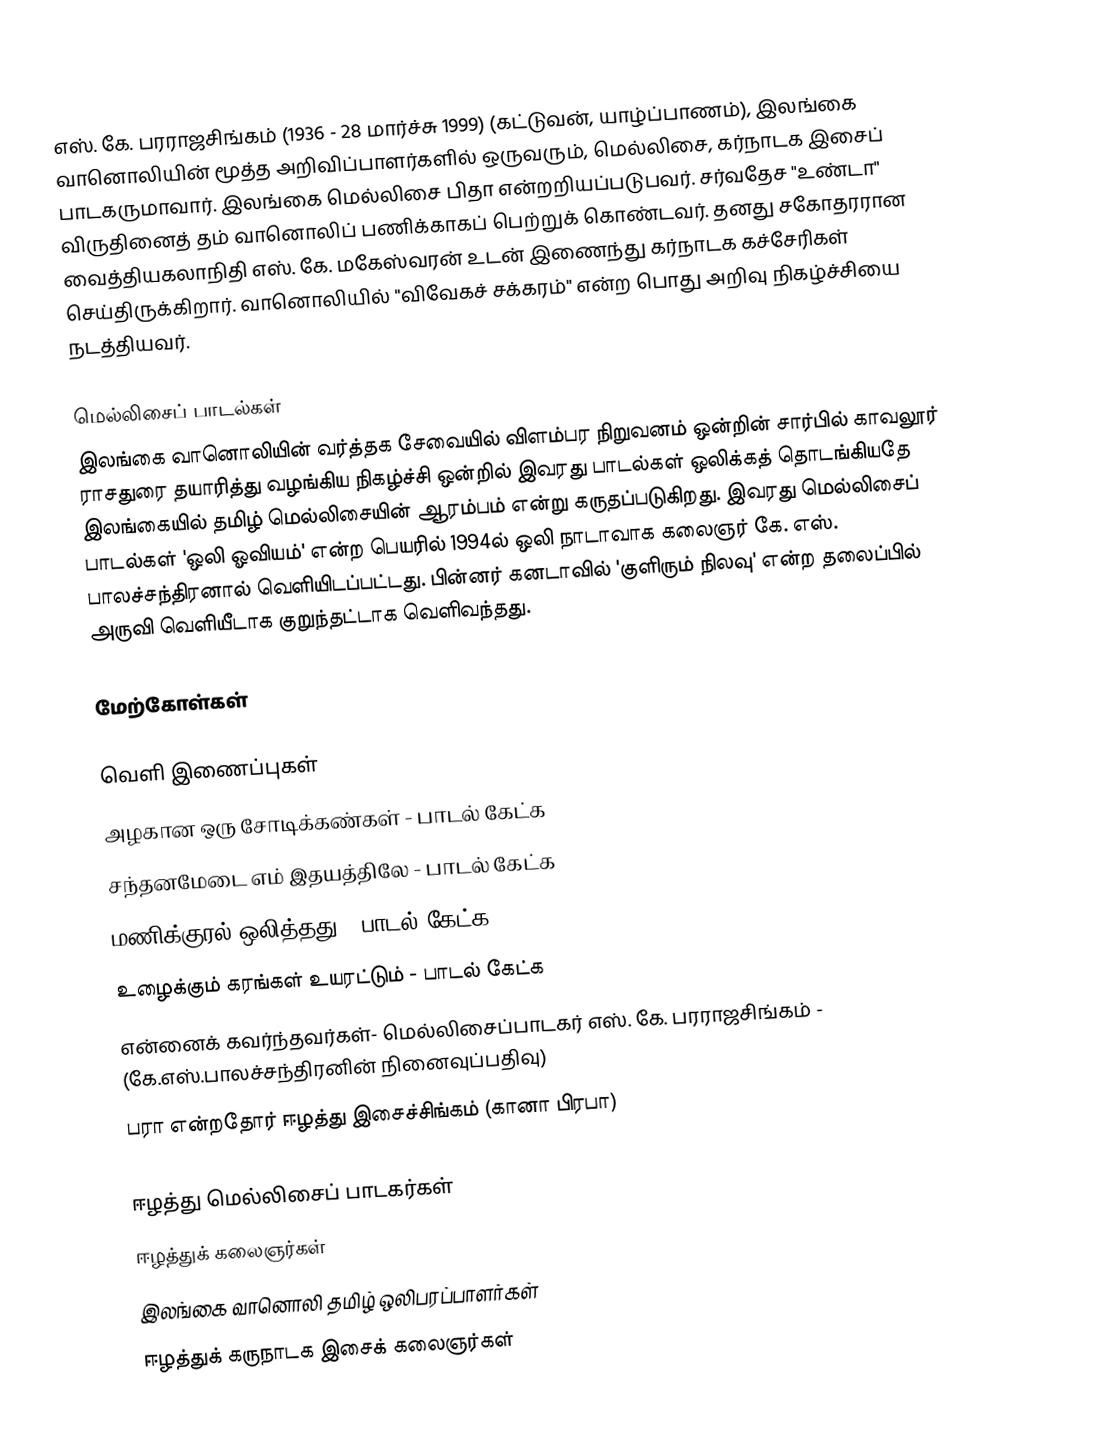
எஸ். கே. பரராஜசிங்கம் (1936 - 28 மார்ச்சு 1999) (கட்டுவன், யாழ்ப்பாணம்), இலங்கை வானொலியின் மூத்த அறிவிப்பாளர்களில் ஒருவரும், மெல்லிசை, கர்நாடக இசைப் பாடகருமாவார். இலங்கை மெல்லிசை பிதா என்றறியப்படுபவர். சர்வதேச "உண்டா" விருதினைத் தம் வானொலிப் பணிக்காகப் பெற்றுக் கொண்டவர். தனது சகோதரரான வைத்தியகலாநிதி எஸ். கே. மகேஸ்வரன் உடன் இணைந்து கர்நாடக கச்சேரிகள் செய்திருக்கிறார். வானொலியில் "விவேகச் சக்கரம்" என்ற பொது அறிவு நிகழ்ச்சியை நடத்தியவர்.

மெல்லிசைப் பாடல்கள்
இலங்கை வானொலியின் வர்த்தக சேவையில் விளம்பர நிறுவனம் ஒன்றின் சார்பில் காவலூர் ராசதுரை தயாரித்து வழங்கிய நிகழ்ச்சி ஒன்றில் இவரது பாடல்கள் ஒலிக்கத் தொடங்கியதே இலங்கையில் தமிழ் மெல்லிசையின் ஆரம்பம் என்று கருதப்படுகிறது. இவரது மெல்லிசைப் பாடல்கள் 'ஒலி ஓவியம்' என்ற பெயரில் 1994ல் ஒலி நாடாவாக கலைஞர் கே. எஸ். பாலச்சந்திரனால் வெளியிடப்பட்டது. பின்னர் கனடாவில் 'குளிரும் நிலவு' என்ற தலைப்பில் அருவி வெளியீடாக குறுந்தட்டாக வெளிவந்தது.

மேற்கோள்கள்

வெளி இணைப்புகள்
அழகான ஒரு சோடிக்கண்கள் - பாடல் கேட்க
சந்தனமேடை எம் இதயத்திலே - பாடல் கேட்க
மணிக்குரல் ஒலித்தது - பாடல் கேட்க
உழைக்கும் கரங்கள் உயரட்டும் - பாடல் கேட்க
என்னைக் கவர்ந்தவர்கள்- மெல்லிசைப்பாடகர் எஸ். கே. பரராஜசிங்கம் - (கே.எஸ்.பாலச்சந்திரனின் நினைவுப்பதிவு)
பரா என்றதோர் ஈழத்து இசைச்சிங்கம் (கானா பிரபா)

ஈழத்து மெல்லிசைப் பாடகர்கள்
ஈழத்துக் கலைஞர்கள்
இலங்கை வானொலி தமிழ் ஒலிபரப்பாளர்கள்
ஈழத்துக் கருநாடக இசைக் கலைஞர்கள்